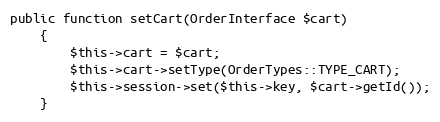
Language: PHP
public function setCart(OrderInterface $cart)
    {
        $this->cart = $cart;
        $this->cart->setType(OrderTypes::TYPE_CART);
        $this->session->set($this->key, $cart->getId());
    }